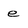
Character: e